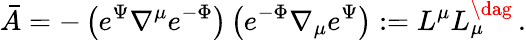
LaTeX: \bar{A}=-\left(e^{\Psi}\nabla^{\mu}e^{-\Phi}\right)\left(e^{-\Phi}\nabla_{\mu}e^{\Psi}\right):=L^{\mu}L_{\mu}^{\dag}\, .